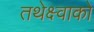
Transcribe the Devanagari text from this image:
तथेक्ष्वाको